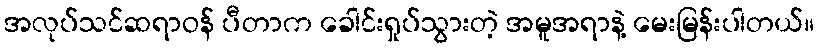
အလုပ်သင်ဆရာဝန် ပီတာက ခေါင်းရှုပ်သွားတဲ့ အမူအရာနဲ့ မေးမြန်းပါတယ်။